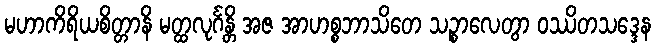
မဟာကိရိယစိတ္တာနိ မတ္ထလုင်္ဂန္တိ အဇ အာဟစ္စဘာသိတေ သဉ္စာလေတွာ ဝဿိတသဒ္ဒေန